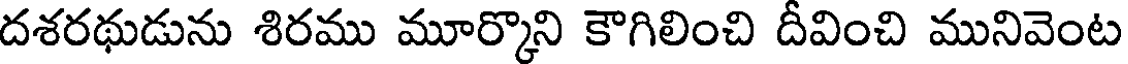
దశరథుడును శిరము మూర్కొని కౌగిలించి దీవించి మునివెంట